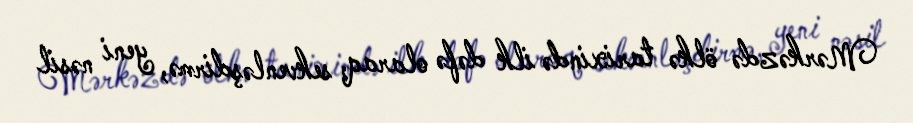
Mərkəzdə ölkə tarixində ilk dəfə olaraq, sekvenləşdirmə, yeni nəsil